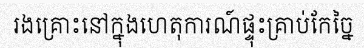
រងគ្រោះនៅក្នុងហេតុការណ៍ផ្ទុះគ្រាប់កែច្នៃ